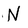
Character: N